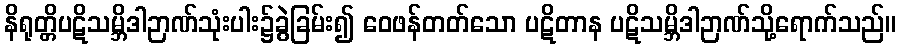
နိရုတ္တိပဋိသမ္ဘိဒါဉာဏ်သုံးပါး၌ခွဲခြမ်း၍ ဝေဖန်တတ်သော ပဋိတာန ပဋိသမ္ဘိဒါဉာဏ်သို့ရောက်သည်။